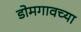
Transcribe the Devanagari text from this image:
डोमगावच्या